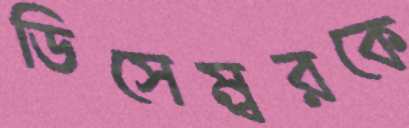
ডিসেম্বরকে